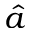
\hat { a }